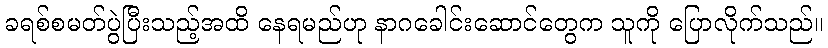
ခရစ်စမတ်ပွဲပြီးသည့်အထိ နေရမည်ဟု နာဂခေါင်းဆောင်တွေက သူကို ပြောလိုက်သည်။